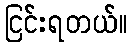
ငြင်းရတယ်။